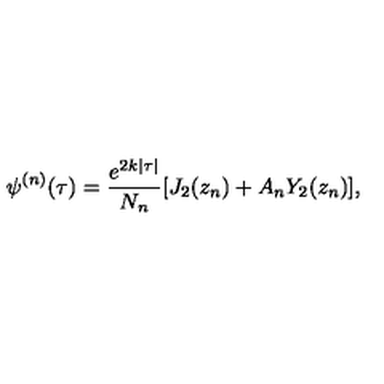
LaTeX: \psi ^ { ( n ) } ( \tau ) = \frac { e ^ { 2 k | \tau | } } { N _ { n } } [ J _ { 2 } ( z _ { n } ) + A _ { n } Y _ { 2 } ( z _ { n } ) ] ,